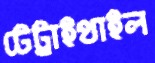
টেট্রাইথাইল